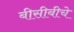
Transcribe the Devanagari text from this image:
बीसीबीचे